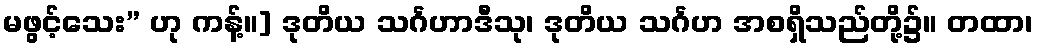
မဖွင့်သေး” ဟု ကန့်။] ဒုတိယ သင်္ဂဟာဒီသု၊ ဒုတိယ သင်္ဂဟ အစရှိသည်တို့၌။ တထာ၊